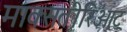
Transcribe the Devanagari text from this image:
माक्सतीरिओट्